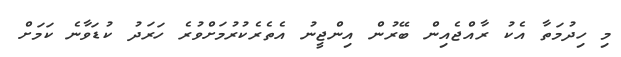
މި ހިދުމަތާ އެކު ރާއްޖެއިން ބޭރުން އިންޖީނު އެތެރެކުރުމަށްވުރެ ހަރަދު ކުޑަވާނެ ކަމަށް